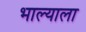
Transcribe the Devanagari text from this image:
भाल्याला